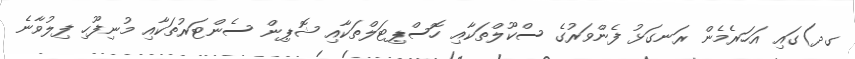
ގދ)ގައި އަހަރެމެން ރަނގަޅު ފެންވަރުގެ ސްކޫލްތަކާއި ހޮސްޕިޓަލްތަކާއި ޝޮޕިން ސެންޓަރުތަކާއި މުނިފޫހި ފިލުވާނެ